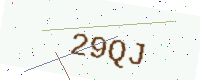
Text: 29QJ